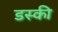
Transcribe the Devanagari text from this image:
डस्की